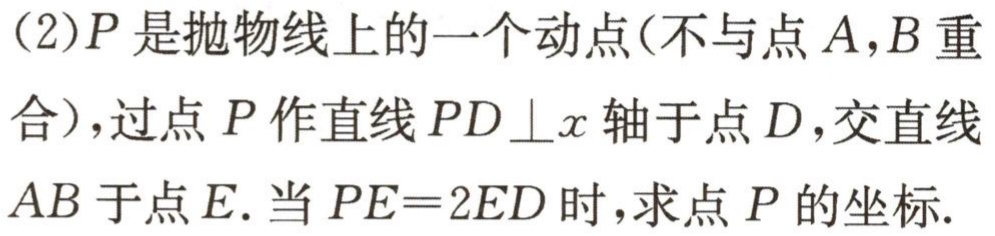
(2)$P$是抛物线上的一个动点(不与点$A,B$重合)，过点$P$作直线$PD\perp x$轴于点$D$，交直线$AB$于点$E$. 当$PE = 2ED$时，求点$P$的坐标.